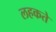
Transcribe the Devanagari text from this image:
लहकते